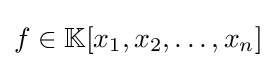
f\in \mathbb {K} [x_{1},x_{2},\dotsc ,x_{n}]